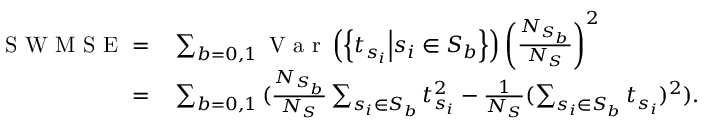
\begin{array} { r l } { \mathrm { ~ S ~ W ~ M ~ S ~ E ~ } = } & { { } \sum _ { b = 0 , 1 } { \mathrm { ~ V ~ a ~ r ~ } \left( \left\{ t _ { s _ { i } } \middle | s _ { i } \in S _ { b } \right\} \right) \left( \frac { N _ { S _ { b } } } { N _ { S } } \right) ^ { 2 } } } \\ { = } & { { } \sum _ { b = 0 , 1 } { ( \frac { N _ { S _ { b } } } { N _ { S } } \sum _ { s _ { i } \in S _ { b } } t _ { s _ { i } } ^ { 2 } - \frac { 1 } { N _ { S } } ( \sum _ { s _ { i } \in S _ { b } } t _ { s _ { i } } ) ^ { 2 } ) } . } \end{array}